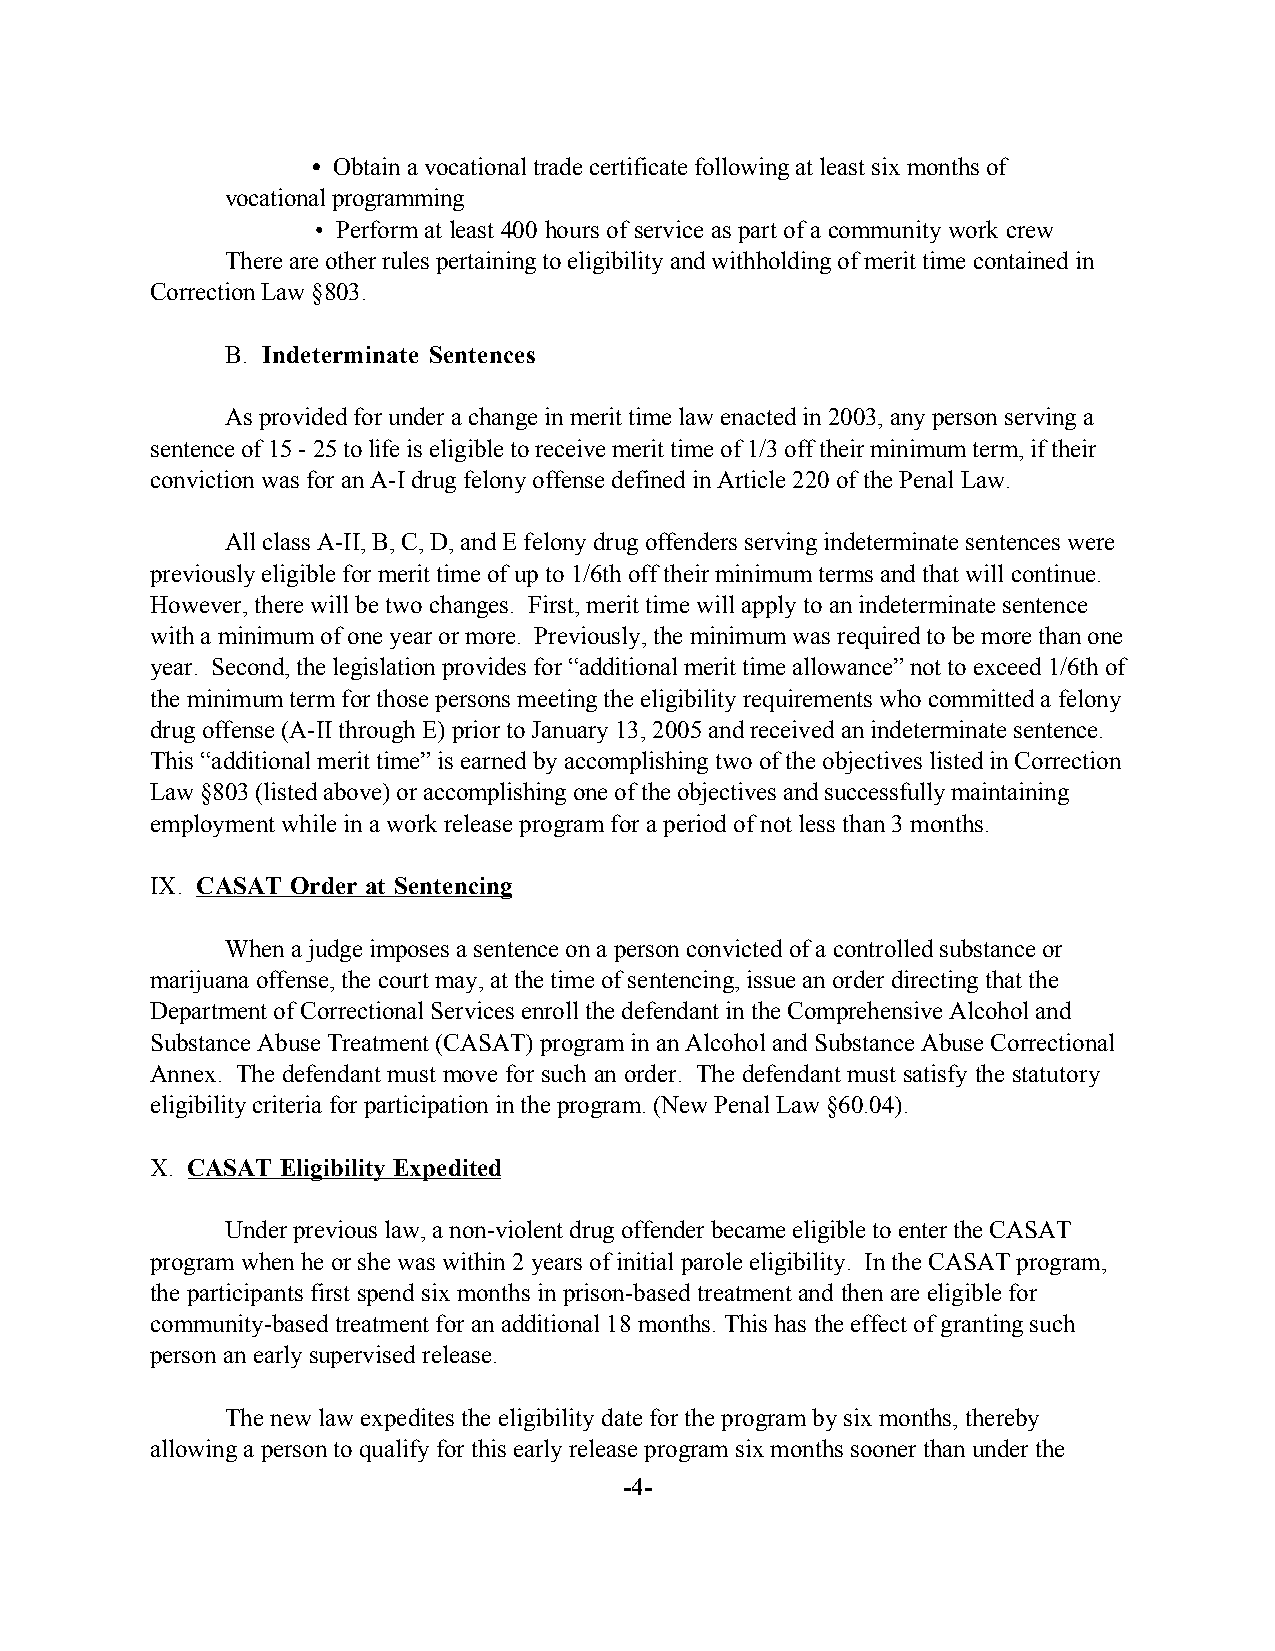
• Obtain a vocational trade certificate following at least six months of
 vocational programming
 • Perform at least 400 hours of service as part of a community work crew
 There are other rules pertaining to eligibility and withholding of merit time contained in
 Correction Law §803.
 B. Indeterminate Sentences
 As provided for under a change in merit time law enacted in 2003, any person serving a
 sentence of 15 - 25 to life is eligible to receive merit time of 1/3 off their minimum term, if their
 conviction was for an A-I drug felony offense defined in Article 220 of the Penal Law.
 All class A-II, B, C, D, and E felony drug offenders serving indeterminate sentences were
 previously eligible for merit time of up to 1/6th off their minimum terms and that will continue.
 However, there will be two changes. First, merit time will apply to an indeterminate sentence
 with a minimum of one year or more. Previously, the minimum was required to be more than one
 year. Second, the legislation provides for “additional merit time allowance” not to exceed 1/6th of
 the minimum term for those persons meeting the eligibility requirements who committed a felony
 drug offense (A-II through E) prior to January 13, 2005 and received an indeterminate sentence.
 This “additional merit time” is earned by accomplishing two of the objectives listed in Correction
 Law §803 (listed above) or accomplishing one of the objectives and successfully maintaining
 employment while in a work release program for a period of not less than 3 months.
 IX. CASAT Order at Sentencing
 When a judge imposes a sentence on a person convicted of a controlled substance or
 marijuana offense, the court may, at the time of sentencing, issue an order directing that the
 Department of Correctional Services enroll the defendant in the Comprehensive Alcohol and
 Substance Abuse Treatment (CASAT) program in an Alcohol and Substance Abuse Correctional
 Annex. The defendant must move for such an order. The defendant must satisfy the statutory
 eligibility criteria for participation in the program. (New Penal Law §60.04).
 X. CASAT Eligibility Expedited
 Under previous law, a non-violent drug offender became eligible to enter the CASAT
 program when he or she was within 2 years of initial parole eligibility. In the CASAT program,
 the participants first spend six months in prison-based treatment and then are eligible for
 community-based treatment for an additional 18 months. This has the effect of granting such
 person an early supervised release.
 The new law expedites the eligibility date for the program by six months, thereby
 allowing a person to qualify for this early release program six months sooner than under the
 -4-